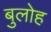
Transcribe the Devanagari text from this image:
बुलोह